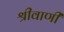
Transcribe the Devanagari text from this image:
श्रीवाणी